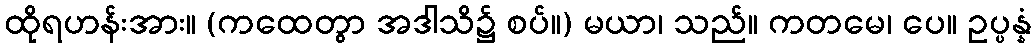
ထိုရဟန်းအား။ (ကထေတွာ အဒါသိ၌ စပ်။) မယာ၊ သည်။ ကတမေ၊ ပေ။ ဥပ္ပန္နံ